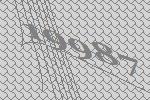
19987